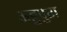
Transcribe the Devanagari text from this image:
ऊट्टुपुरा